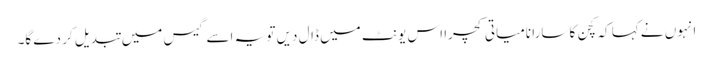
انہوں نے کہا کہ کچن کا سارا نامیاتی کچرا اس یونٹ میں ڈال دیں تو یہ اسے گیس میں تبدیل کر دے گا۔